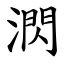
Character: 㴸